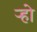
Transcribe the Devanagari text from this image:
ऱ्हो